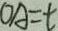
O A = t